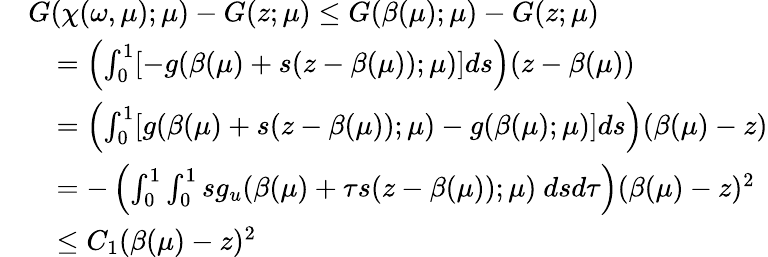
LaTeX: \begin{array}{rl}&{G(\chi(\omega,\mu);\mu)-G(z;\mu)\leq G(\beta(\mu);\mu)-G(z;\mu)}\\ &{\quad=\left(\int_{0}^{1}[-{g}(\beta(\mu)+s(z-\beta(\mu));\mu)]ds\right)(z-\beta(\mu))}\\ &{\quad=\left(\int_{0}^{1}[{g}(\beta(\mu)+s(z-\beta(\mu));\mu)-{g}(\beta(\mu);\mu)]ds\right)(\beta(\mu)-z)}\\ &{\quad=-\left(\int_{0}^{1}\int_{0}^{1}sg_{u}(\beta(\mu)+\tau s(z-\beta(\mu));\mu)\ dsd\tau\right)(\beta(\mu)-z)^{2}}\\ &{\quad\leq C_{1}(\beta(\mu)-z)^{2}}\end{array}